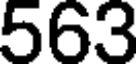
563